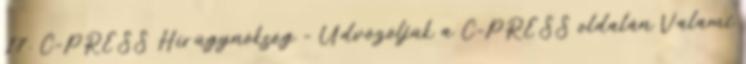
17. C-PRESS Hírügynökség - Üdvözöljük a C-PRESS oldalán Valami